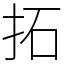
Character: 拓